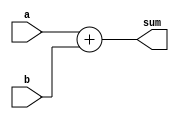
module add6(a, b,  sum);

       input [5:0] a, b;
       output [6:0] sum;

       assign sum = a + b;
endmodule